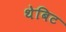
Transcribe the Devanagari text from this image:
थेबिट